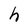
Character: h